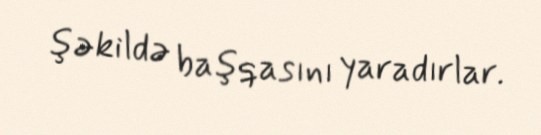
şəkildə başqasını yaradırlar.